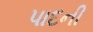
પાદની